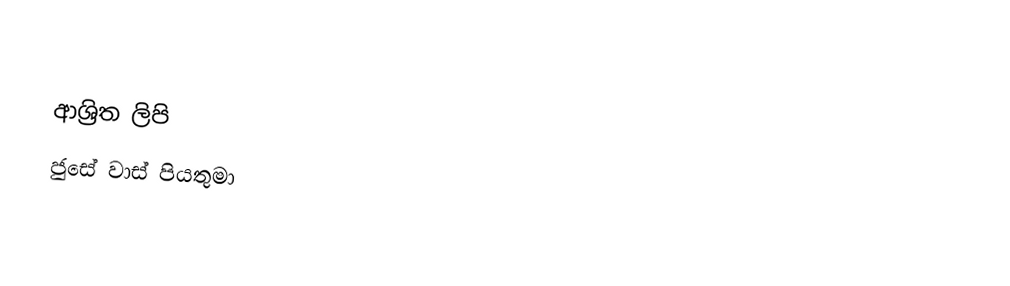

ආශ්‍රිත ලිපි
 ජුසේ වාස් පියතුමා